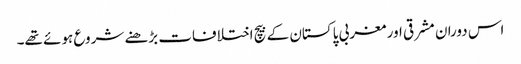
اس دوران مشرقی اور مغربی پاکستان کے بیچ اختلافات بڑھنے شروع ہوئے تھے۔